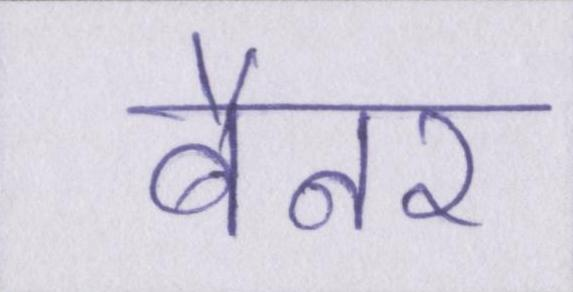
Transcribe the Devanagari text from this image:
बैनर